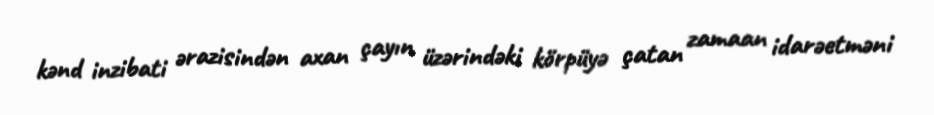
kənd inzibati ərazisindən axan çayın üzərindəki körpüyə çatan zamaan idarəetməni